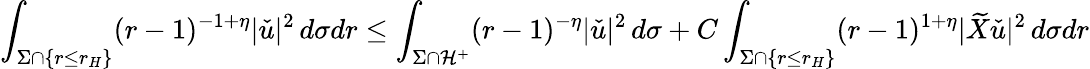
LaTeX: \int_{\Sigma\cap\{ r\leq r_{H}\} }(r-1)^{-1+\eta}|\check{u}|^{2}\, d\sigma dr\leq\int_{\Sigma\cap\mathcal{H}^{+}}(r-1)^{-\eta}|\check{u}|^{2}\, d\sigma+C\int_{\Sigma\cap\{ r\leq r_{H}\} }(r-1)^{1+\eta}|\widetilde{X}\check{u}|^{2}\, d\sigma dr